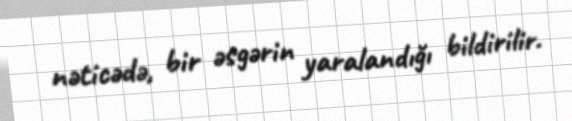
nəticədə, bir əsgərin yaralandığı bildirilir.